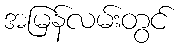
အမြန်လမ်းတွင်